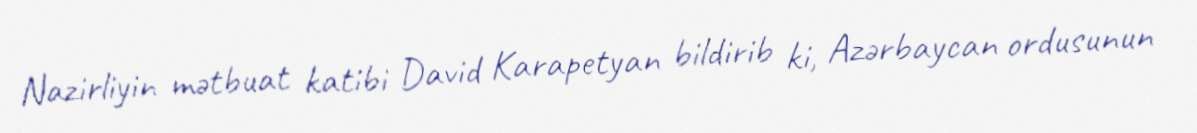
Nazirliyin mətbuat katibi David Karapetyan bildirib ki, Azərbaycan ordusunun